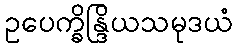
ဥပေက္ခိန္ဒြိယသမုဒယံ